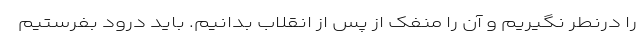
را درنطر نگیریم و آن را منفک از پس از انقلاب بدانیم. باید درود بفرستیم